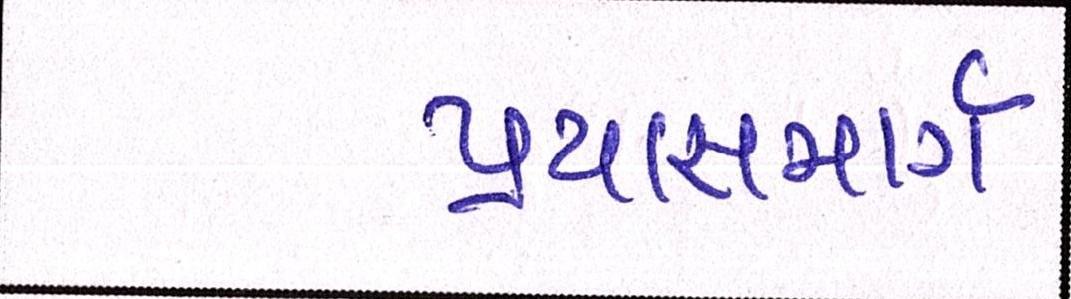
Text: પ્રયાસમાર્ગ